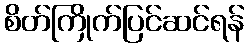
စိတ်ကြိုက်ပြင်ဆင်ရန်